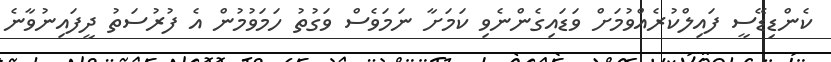
ކެންޑިޑޭސީ ފައިލްކުރެއްވުމަށް ވަޑައިގެންނެވި ކަމަށާ ނަމަވެސް ވަގުތު ހަމަވުމުން އެ ފުރުސަތު ދީފައިނުވާނެ